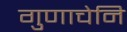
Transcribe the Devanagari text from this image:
गुणाचेनि